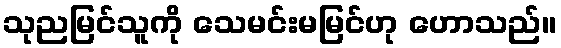
သုညမြင်သူကို သေမင်းမမြင်ဟု ဟောသည်။